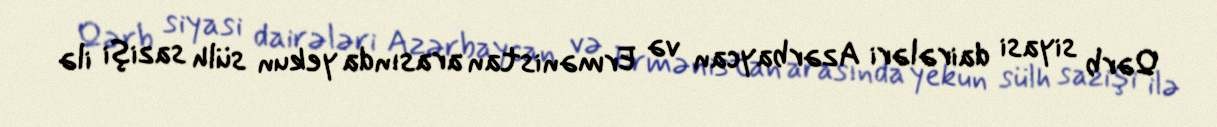
Qərb siyasi dairələri Azərbaycan və Ermənistan arasında yekun sülh sazişi ilə